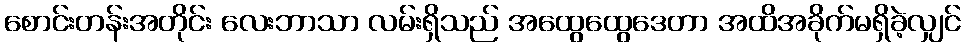
စောင်းတန်းအတိုင်း လေးဘာသာ လမ်းရှိသည် အထွေထွေဒေတာ အထိအခိုက်မရှိခဲ့လျှင်